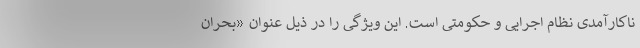
ناکارآمدی نظام اجرایی و حکومتی است. این ویژگی را در ذیل عنوان «بحران